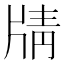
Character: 𰠟